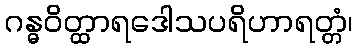
ဂန္ဓဝိတ္ထာရဒေါသပရိဟာရတ္တံ၊